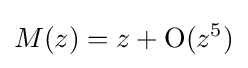
M(z)=z+\operatorname {O} (z^{5})